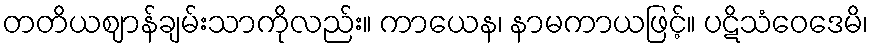
တတိယဈာန်ချမ်းသာကိုလည်း။ ကာယေန၊ နာမကာယဖြင့်။ ပဋိသံဝေဒေမိ၊